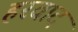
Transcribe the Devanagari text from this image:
हरवाद